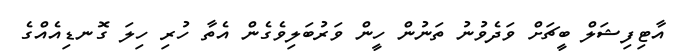
އާޓިފިޝަލް ބީޗަށް ވަދެވުނު ތަނުން ހީން ވަރުބަލިވެގެން އެތާ ހުރި ހިލަ ގޮނޑިއެއްގެ